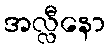
အလ္လီနော